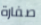
صفارة